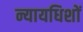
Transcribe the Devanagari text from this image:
न्यायधिशों